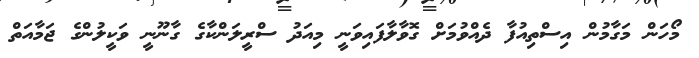
މޯހަން މަގާމުން އިސްތިއުފާ ދެއްވުމަށް ގޮވާލާފައިވަނީ މިއަދު ސްރީލަންކާގެ ގާނޫނީ ވަކީލުންގެ ޖަމާއަތް